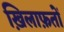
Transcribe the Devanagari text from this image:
ख़िलाफ़तों